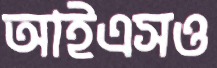
আইএসও